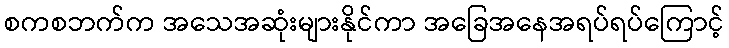
စကစဘက်က အသေအဆုံးများနိုင်ကာ အခြေအနေအရပ်ရပ်ကြောင့်